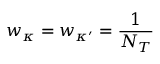
w _ { \kappa } = w _ { \kappa ^ { \prime } } = \frac { 1 } { { \cal N } _ { T } }